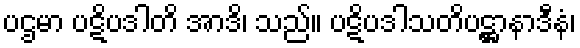
ပဌမာ ပဋိပဒါတိ အာဒိ၊ သည်။ ပဋိပဒါသတိပဋ္ဌာနာဒီနံ၊